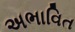
અભાવિત